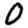
Digit: 0